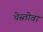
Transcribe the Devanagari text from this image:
चेस्तोवा